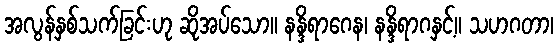
အလွန်နှစ်သက်ခြင်းဟု ဆိုအပ်သော။ နန္ဒိရာဂေန၊ နန္ဒိရာဂနှင့်။ သဟဂတာ၊